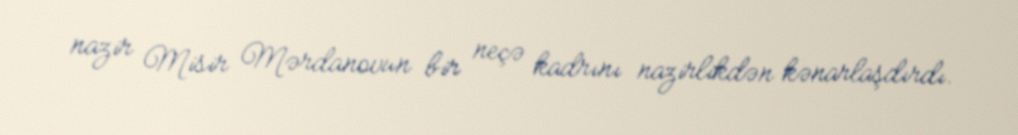
nazir Misir Mərdanovun bir neçə kadrını nazirlikdən kənarlaşdırdı.